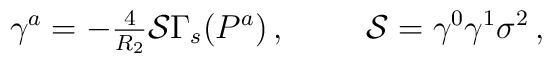
\gamma^{a}=-{\textstyle\frac{4}{R_{2}}} \mathcal{S}\Gamma_{s}(P^{a})\, ,\hspace{1cm}\mathcal{S} = \gamma^{0}\gamma^{1}\sigma^{2}\, ,